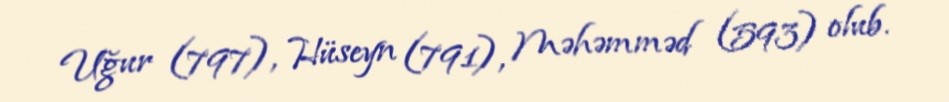
Uğur (797), Hüseyn (791), Məhəmməd (593) olub.